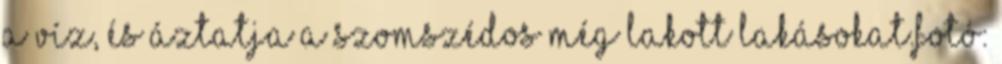
a víz, és áztatja a szomszédos még lakott lakásokat.Fotó: